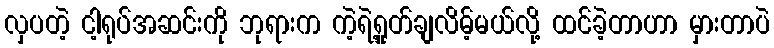
လှပတဲ့ ငါ့ရုပ်အဆင်းကို ဘုရားက ကဲ့ရဲ့ရှုတ်ချလိမ့်မယ်လို့ ထင်ခဲ့တာဟာ မှားတာပဲ